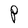
Character: P